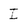
Character: I